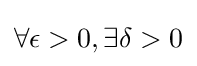
\forall \epsilon >0,\exists \delta >0